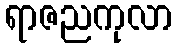
ရာဇညကုလာ